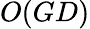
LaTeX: O(GD)